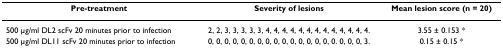
| Pre-treatment | Severity of lesions | Mean lesion score (n = 20) |
 | --- | --- | --- |
 | 500 μg/ml DL2 scFv 20 minutes prior to infection | 2, 2, 3, 3, 3, 3, 3, 4, 4, 4, 4, 4, 4, 4, 4, 4, 4, 4, 4, 4. | 3.55 ± 0.153 * |
 | 500 μg/ml DL11 scFv 20 minutes prior to infection | 0, 0, 0, 0, 0, 0, 0, 0, 0, 0, 0, 0, 0, 0, 0, 0. 0, 0, 0, 3. | 0.15 ± 0.15 * |